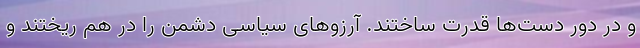
و در دور دست‌ها قدرت ساختند. آرزوهای سیاسی دشمن را در هم ریختند و